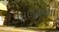
બલધામા